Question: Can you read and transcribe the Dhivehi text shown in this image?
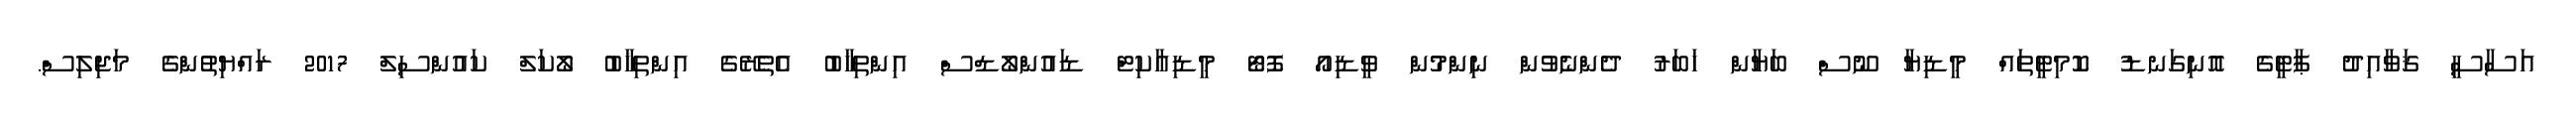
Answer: އަސާސީ ޤަވާއިދު ޕާޓީގެ އޮނިގަނޑު ކޮމިޓީތައް މީޑިޔާ ނޫސް ބަޔާން ޚަބަރު ދެންނެވުން ނިންމުން ވީޑިއޯ ފޮޓޯ މީޑިއާކިޓް ޑައުންލޯޑްސް އިންތިޚާބު އެތެރޭގެ އިންތިޚާބު ލޯކަލް ކައުންސިލް 2017 ރައްޔިތުންގެ މަޖިލިސް.